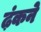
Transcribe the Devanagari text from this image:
ढ़ंकने